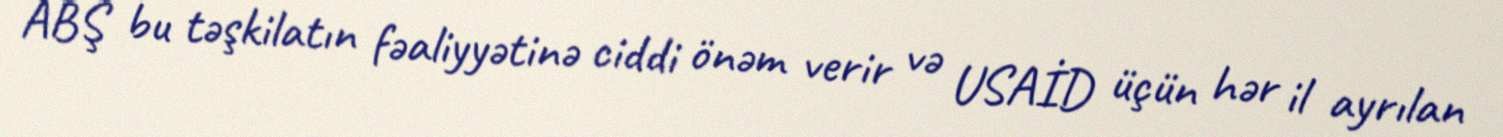
ABŞ bu təşkilatın fəaliyyətinə ciddi önəm verir və USAİD üçün hər il ayrılan